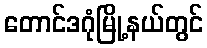
တောင်ဒဂုံမြို့နယ်တွင်